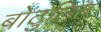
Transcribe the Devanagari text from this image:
बोटुलिन